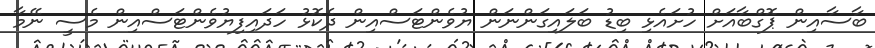
ބާސާއިން ޕޮގްބާއަށް ހުށައެޅި ބިޑު ބަލައިގަންނަން ޔުވެންޓަސްއިން ދެކޮޅު ހަދައިފިޔުވެންޓަސްއިން މެސީ ނޭމާ